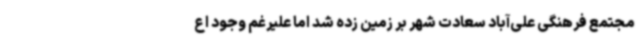
مجتمع فرهنگی علی‌آباد سعادت شهر بر زمین زده شد اما علیرغم وجود اع